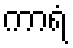
ကာရံ